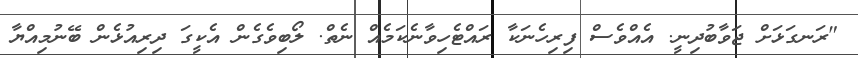
"ރަނގަޅަށް ޖަވާބުދިނީ. އެއްވެސް ފިރިހެނަކާ ރައްޓެހިވާނެކަމެއް ނެތް. ލޯބިވެގެން އެކީގަ ދިރިއުޅެން ބޭނުމިއްޔާ